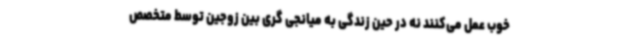
خوب عمل می‌کنند نه در حین زندگی به میانجی گری بین زوجین توسط متخصص